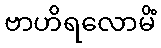
ဗာဟိရလောမိံ